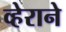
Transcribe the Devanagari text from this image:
व्हेराने